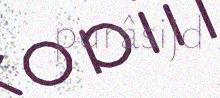
purâsijd